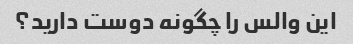
این والس را چگونه دوست دارید؟